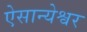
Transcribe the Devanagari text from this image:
ऐसान्येश्वर